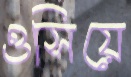
ওসিয়ে